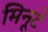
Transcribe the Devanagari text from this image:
मिनूटे